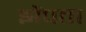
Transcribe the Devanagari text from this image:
झेंपता